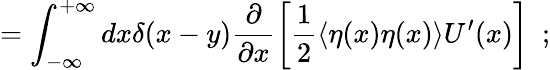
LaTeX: =\int_{-\infty}^{+\infty}dx\delta(x-y)\frac{\partial}{\partial x}\left[\frac{1}{2}\langle\eta(x)\eta(x)\rangle U^{\prime}(x)\right]\ \ ;